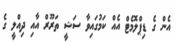
އެން ގެ ޑިޕްލޮމެޓް އެއް ކަމުގައިވާ ސަޝީ ތަރޫރް އާއި ދިއްލީ ގެ